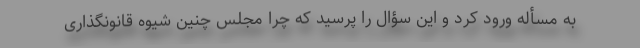
به مسأله ورود کرد و این سؤال را پرسید که چرا مجلس چنین شیوه قانونگذاری